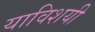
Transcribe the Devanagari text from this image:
याविशयी